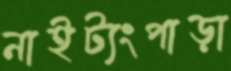
নাইট্যংপাড়া